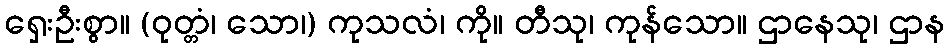
ရှေးဦးစွာ။ (ဝုတ္တံ၊ သော၊) ကုသလံ၊ ကို။ တီသု၊ ကုန်သော။ ဌာနေသု၊ ဌာန